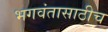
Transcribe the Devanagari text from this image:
भगवंतासाठीच